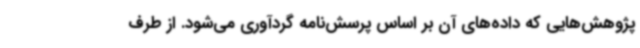
پژوهش‌هایی که داده‌های آن بر اساس پرسش‌نامه گردآوری می‌شود. از طرف